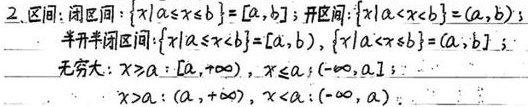
2. 区间: 闭区间: $\{x|a\leq x\leq b\} = [a,b]$; 开区间: $\{x|a < x < b\}=(a,b)$
半开半闭区间: $\{x|a\leq x < b\}=[a,b)$, $\{x|a < x\leq b]=(a,b]$;
无穷大: $x\geq a:[a,+\infty)$, $x\leq a:(-\infty,a]$;
$x > a:(a,+\infty)$, $x < a:(-\infty,a)$.